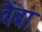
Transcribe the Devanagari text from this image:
वेंबा